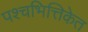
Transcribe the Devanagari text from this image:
पश्चभित्तिकेत